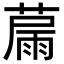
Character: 𦸢